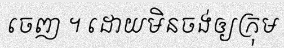
ចេញ ។ ដោយមិនចង់ឲ្យក្រុម